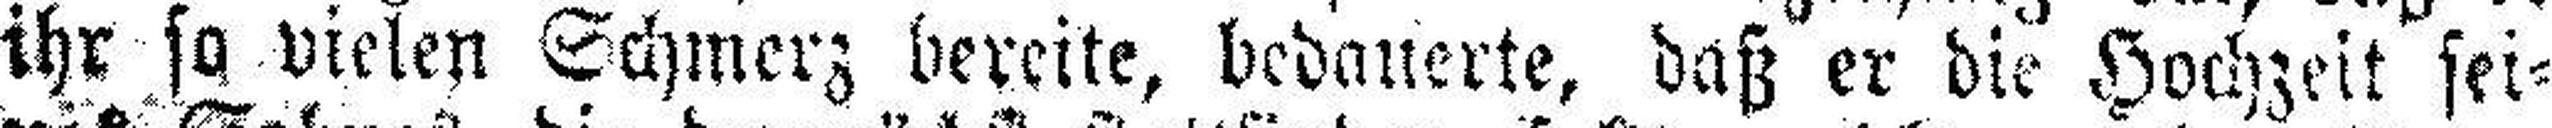
ihr so vielen Schmerz bereite, bedauerte, daß er die Hochzeit sei¬